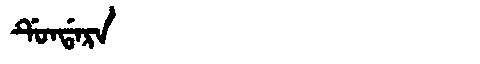
Manchu: ᡩᡠᠨᡩᠠᡵᠠ
Romanization: DUNDARA